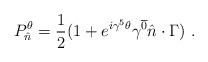
LaTeX: \begin{align*}P_{\hat n}^\theta={1\over2}(1+e^{i\gamma^5\theta}\gamma^{\overline{0}}\hat n\cdot\Gamma)\ .\end{align*}